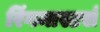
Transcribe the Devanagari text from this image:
रिंगमास्टर्स